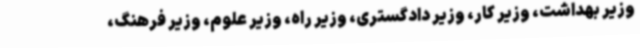
وزیر بهداشت، وزیر کار، وزیر دادگستری، وزیر راه، وزیر علوم، وزیر فرهنگ،